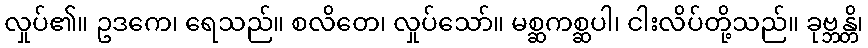
လှုပ်၏။ ဥဒကေ၊ ရေသည်။ စလိတေ၊ လှုပ်သော်။ မစ္ဆကစ္ဆပါ၊ ငါးလိပ်တို့သည်။ ခုဗ္ဘန္တိ၊